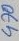
Text: 470